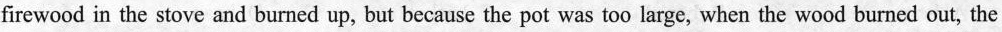
firewood in the stove and burned up, but because the pot was too large, when the wood burned out, the